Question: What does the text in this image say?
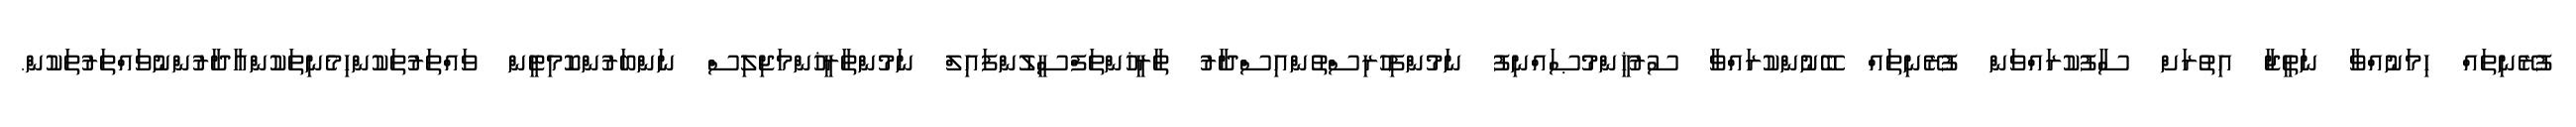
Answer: ފުރޭނިތައް ހިމަނުއްވާ ނަތީޖާ އިތުރަށް ސާފުކުރައްވަން ފުރޭނިތައް ބޭނުންކުރައްވާ ސުރުޚީންމުޞައްނިފު ނަމުންފިހުރިސްތުންއިސްދާރު ތާރީޚުންތަފްސީލުންފައިލް ނަމުންތާރީޚުންމަޖިލިސް ނަންބަރުންކޮމިޓީން ވައްތަރުތަކުންހިމެނިތަކުންއާދާރުންނުވައްތަރުތަކުން.